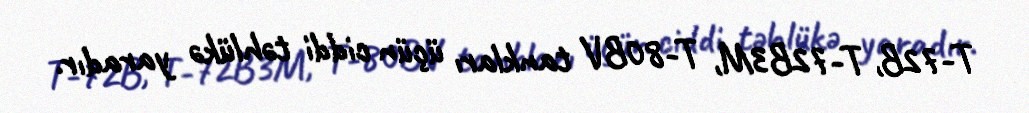
T-72B, T-72B3M, T-80BV tankları üçün ciddi təhlükə yaradır.